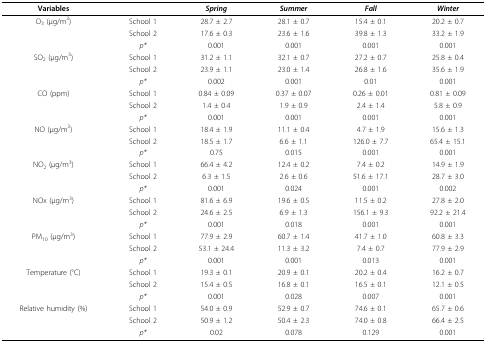
<table><thead><tr><td><b>Variables</b></td><td></td><td><b><i>Spring</i></b></td><td><b><i>Summer</i></b></td><td><b><i>Fall</i></b></td><td><b><i>Winter</i></b></td></tr></thead><tbody><tr><td>O<sub>3 </sub>(μg/m<sup>3</sup>)</td><td>School 1</td><td>28.7 ± 2.7</td><td>28.1 ± 0.7</td><td>15.4 ± 0.1</td><td>20.2 ± 0.7</td></tr><tr><td></td><td>School 2</td><td>17.6 ± 0.3</td><td>23.6 ± 1.6</td><td>39.8 ± 1.3</td><td>33.2 ± 1.9</td></tr><tr><td></td><td><i>p*</i></td><td>0.001</td><td>0.001</td><td>0.001</td><td>0.001</td></tr><tr><td>SO<sub>2 </sub>(μg/m<sup>3</sup>)</td><td>School 1</td><td>31.2 ± 1.1</td><td>32.1 ± 0.7</td><td>27.2 ± 0.7</td><td>25.8 ± 0.4</td></tr><tr><td></td><td>School 2</td><td>23.9 ± 1.1</td><td>23.0 ± 1.4</td><td>26.8 ± 1.6</td><td>35.6 ± 1.9</td></tr><tr><td></td><td><i>p*</i></td><td>0.002</td><td>0.001</td><td>0.01</td><td>0.001</td></tr><tr><td>CO (ppm)</td><td>School 1</td><td>0.84 ± 0.09</td><td>0.37 ± 0.07</td><td>0.26 ± 0.01</td><td>0.81 ± 0.09</td></tr><tr><td></td><td>School 2</td><td>1.4 ± 0.4</td><td>1.9 ± 0.9</td><td>2.4 ± 1.4</td><td>5.8 ± 0.9</td></tr><tr><td></td><td><i>p*</i></td><td>0.001</td><td>0.001</td><td>0.001</td><td>0.001</td></tr><tr><td>NO (μg/m<sup>3</sup>)</td><td>School 1</td><td>18.4 ± 1.9</td><td>11.1 ± 0.4</td><td>4.7 ± 1.9</td><td>15.6 ± 1.3</td></tr><tr><td></td><td>School 2</td><td>18.5 ± 1.7</td><td>6.6 ± 1.1</td><td>126.0 ± 7.7</td><td>65.4 ± 15.1</td></tr><tr><td></td><td><i>p*</i></td><td>0.75</td><td>0.015</td><td>0.001</td><td>0.001</td></tr><tr><td>NO<sub>2 </sub>(μg/m<sup>3</sup>)</td><td>School 1</td><td>66.4 ± 4.2</td><td>12.4 ± 0.2</td><td>7.4 ± 0.2</td><td>14.9 ± 1.9</td></tr><tr><td></td><td>School 2</td><td>6.3 ± 1.5</td><td>2.6 ± 0.6</td><td>51.6 ± 17.1</td><td>28.7 ± 3.0</td></tr><tr><td></td><td><i>p*</i></td><td>0.001</td><td>0.024</td><td>0.001</td><td>0.002</td></tr><tr><td>NOx (μg/m<sup>3</sup>)</td><td>School 1</td><td>81.6 ± 6.9</td><td>19.6 ± 0.5</td><td>11.5 ± 0.2</td><td>27.8 ± 2.0</td></tr><tr><td></td><td>School 2</td><td>24.6 ± 2.5</td><td>6.9 ± 1.3</td><td>156.1 ± 9.3</td><td>92.2 ± 21.4</td></tr><tr><td></td><td><i>p*</i></td><td>0.001</td><td>0.018</td><td>0.001</td><td>0.001</td></tr><tr><td>PM<sub>10 </sub>(μg/m<sup>3</sup>)</td><td>School 1</td><td>77.9 ± 2.9</td><td>60.7 ± 1.4</td><td>41.7 ± 1.0</td><td>60.8 ± 3.3</td></tr><tr><td></td><td>School 2</td><td>53.1 ± 24.4</td><td>11.3 ± 3.2</td><td>7.4 ± 0.7</td><td>77.9 ± 2.9</td></tr><tr><td></td><td><i>p*</i></td><td>0.001</td><td>0.001</td><td>0.013</td><td>0.001</td></tr><tr><td>Temperature (°C)</td><td>School 1</td><td>19.3 ± 0.1</td><td>20.9 ± 0.1</td><td>20.2 ± 0.4</td><td>16.2 ± 0.7</td></tr><tr><td></td><td>School 2</td><td>15.4 ± 0.5</td><td>16.8 ± 0.1</td><td>16.5 ± 0.1</td><td>12.1 ± 0.5</td></tr><tr><td></td><td><i>p*</i></td><td>0.001</td><td>0.028</td><td>0.007</td><td>0.001</td></tr><tr><td>Relative humidity (%)</td><td>School 1</td><td>54.0 ± 0.9</td><td>52.9 ± 0.7</td><td>74.6 ± 0.1</td><td>65.7 ± 0.6</td></tr><tr><td></td><td>School 2</td><td>50.9 ± 1.2</td><td>50.4 ± 2.3</td><td>74.0 ± 0.8</td><td>66.4 ± 2.5</td></tr><tr><td></td><td><i>p*</i></td><td>0.02</td><td>0.078</td><td>0.129</td><td>0.001</td></tr></tbody></table>